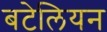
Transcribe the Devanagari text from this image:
बटेलियन